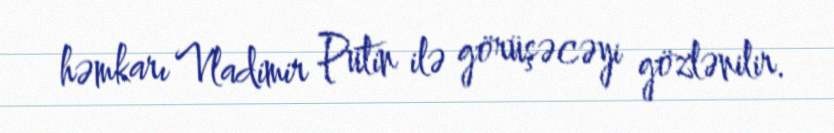
həmkarı Vladimir Putin ilə görüşəcəyi gözlənilir.